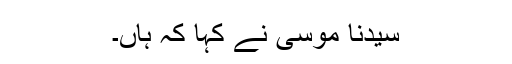
سیدنا موسیٰ نے کہا کہ ہاں۔